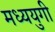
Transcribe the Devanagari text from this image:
मध्ययुगी